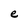
Character: e